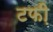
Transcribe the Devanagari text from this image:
टफी़